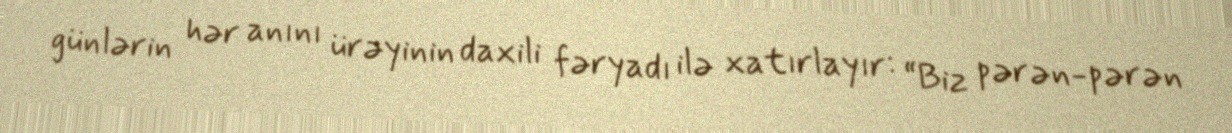
günlərin hər anını ürəyinin daxili fəryadı ilə xatırlayır: “Biz pərən-pərən